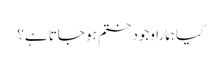
کیا ہمارا وجود ختم ہو جاتا ہے؟